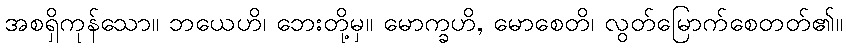
အစရှိကုန်သော။ ဘယေဟိ၊ ဘေးတို့မှ။ မောက္ခဟိ, မောစေတိ၊ လွတ်မြောက်စေတတ်၏။